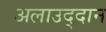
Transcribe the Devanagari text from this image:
अलाउद्दान